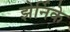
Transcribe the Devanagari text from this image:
झेर्निके